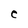
Character: C